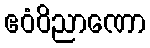
ဧဝံဝိညာဏော